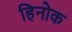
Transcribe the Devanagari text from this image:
हिनोक